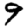
Digit: 9